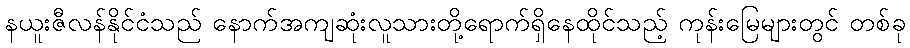
နယူးဇီလန်နိုင်ငံသည် နောက်အကျဆုံးလူသားတို့ရောက်ရှိနေထိုင်သည့် ကုန်းမြေများတွင် တစ်ခု